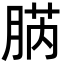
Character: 𦜬